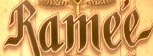
Ramee